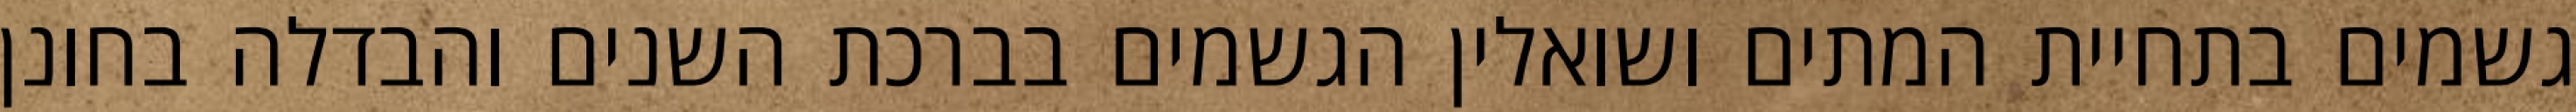
גשמים בתחיית המתים ושואלין הגשמים בברכת השנים והבדלה בחונן